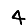
Digit: 4